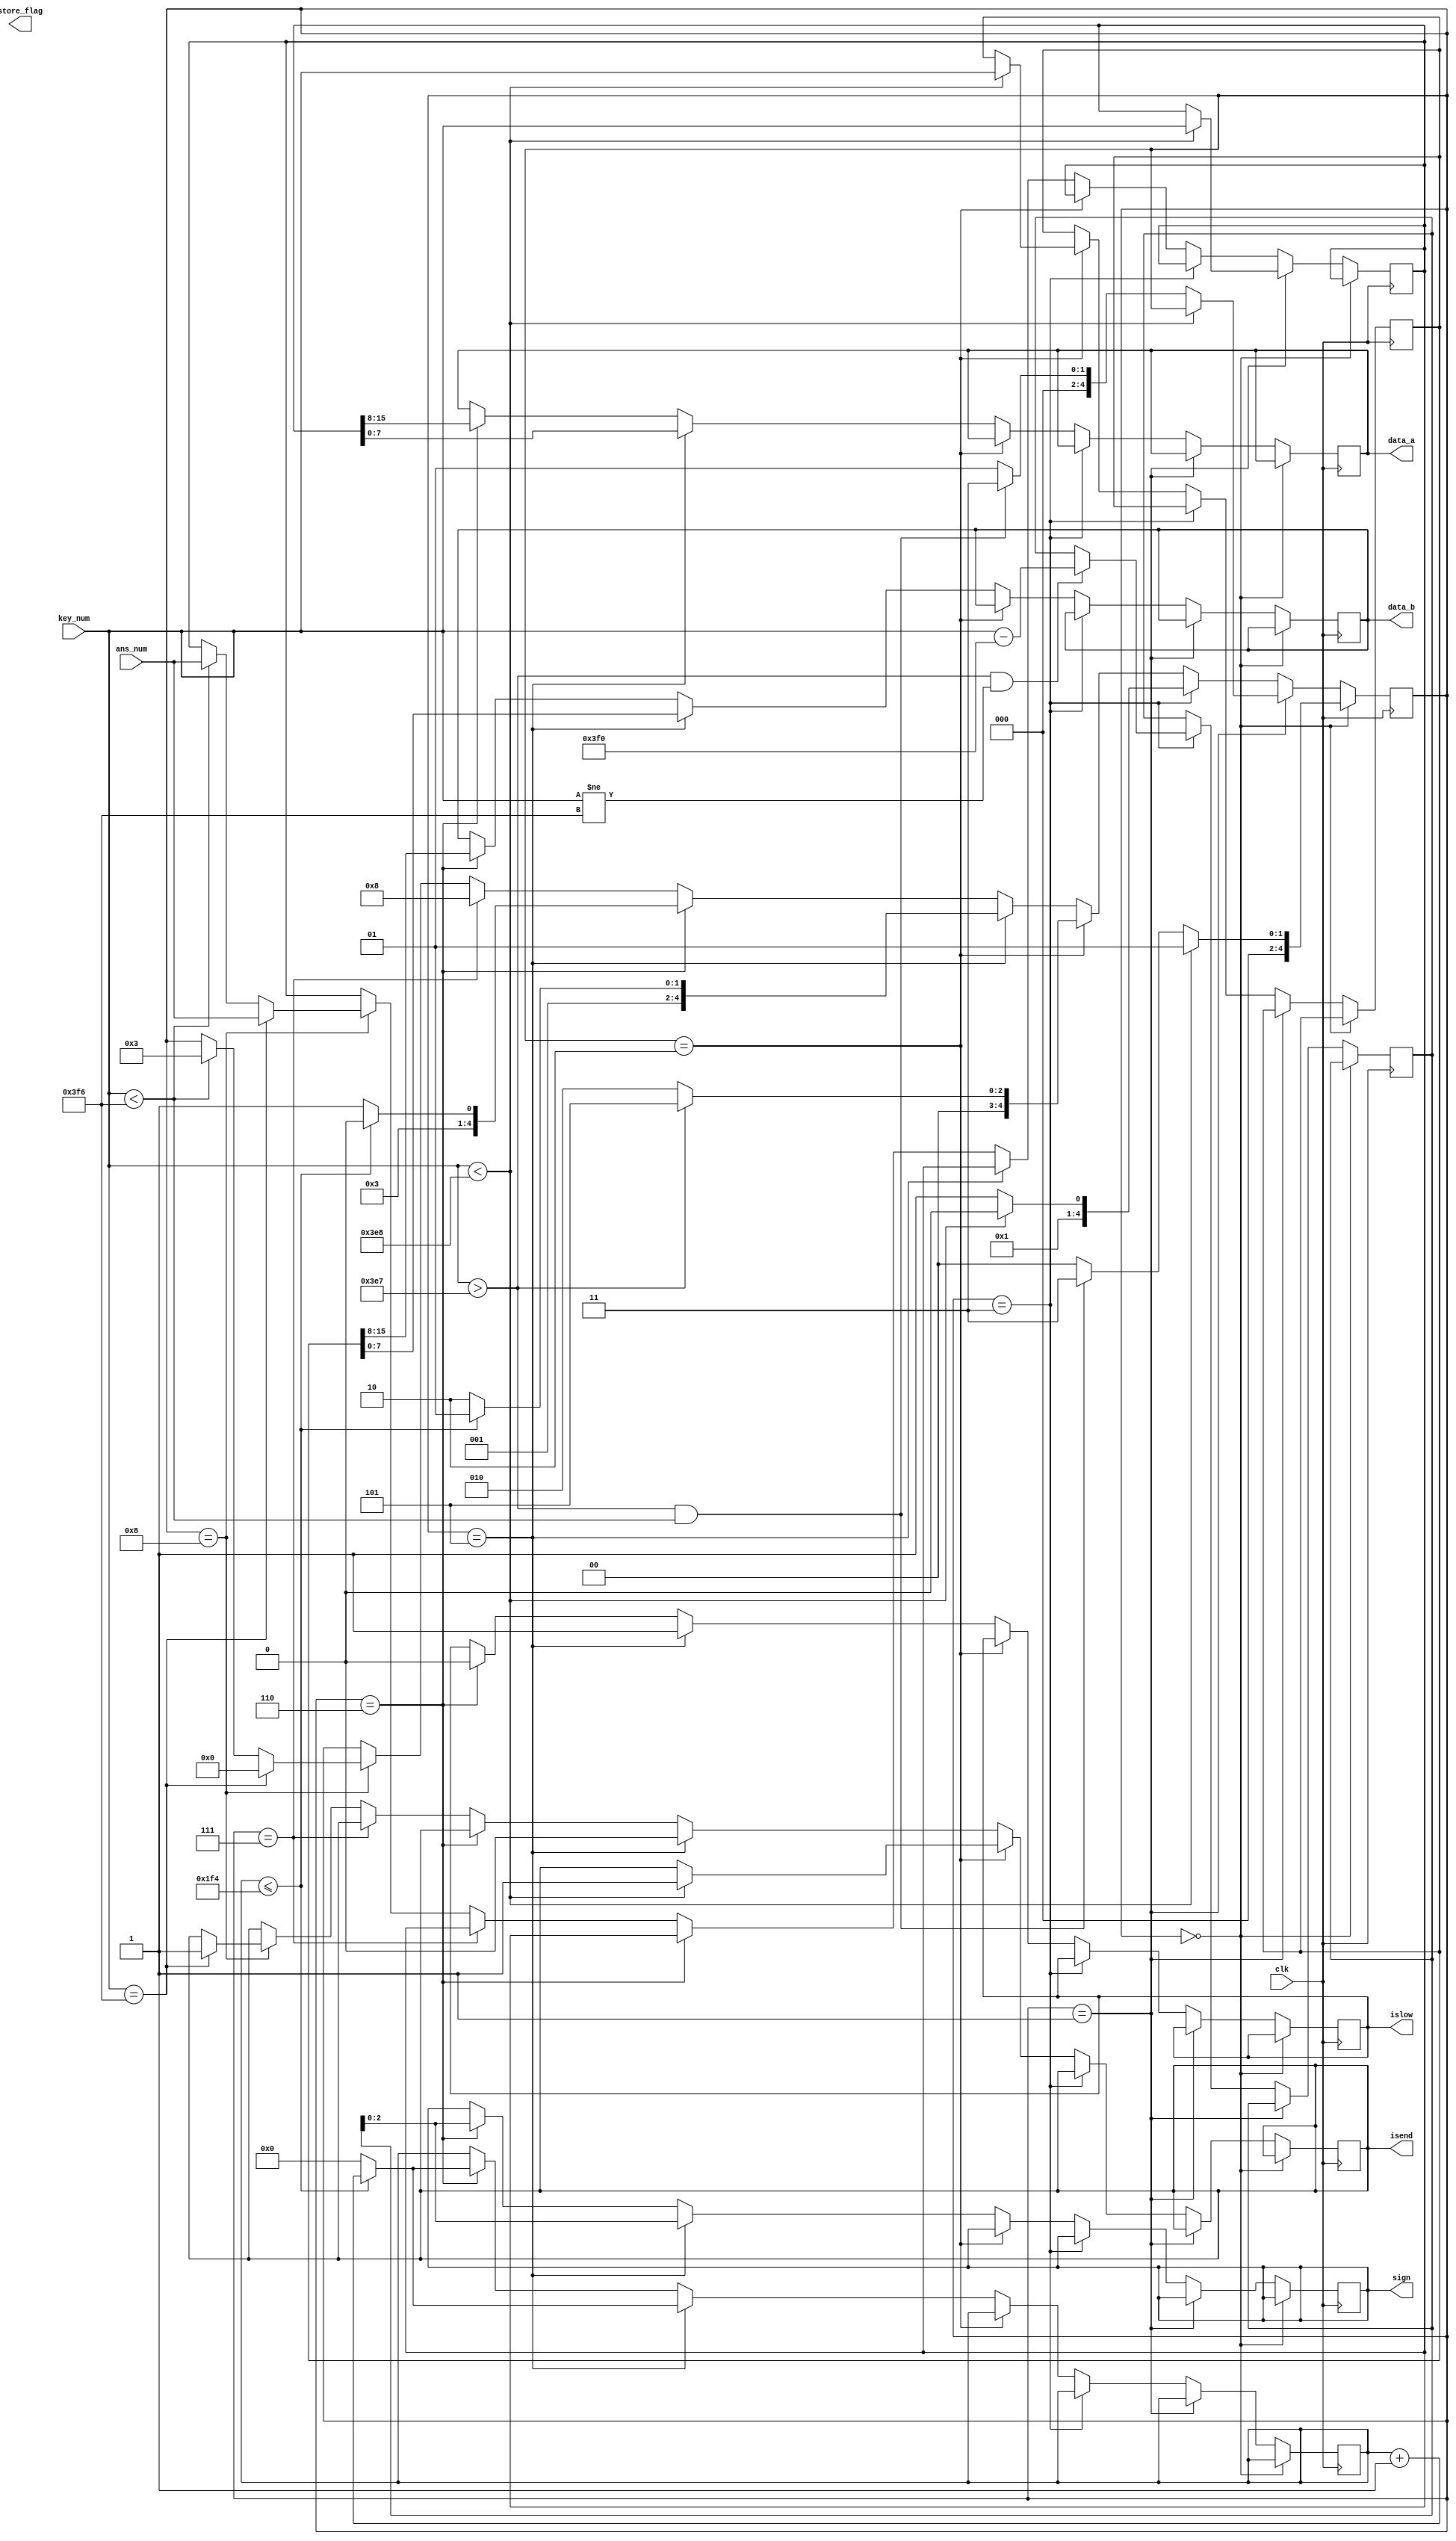
module control(	

	input clk,
	input [15:0] key_num, //
	input [15:0] ans_num, //
//	input [15:0] disp_num,


	output reg islow,//
	output reg isend,//
	output reg [7:0] data_a,
	output reg [7:0] data_b,
	output reg [2:0] sign, //sign0
	output reg store_flag
);

reg [15:0] data1;
reg [15:0] data2;
reg [15:0] regsign; //
reg [4:0]  state;   //
reg [32:0] cnt1;
reg [15:0] sb;

localparam IDLE         =4'b0_000;// 
localparam STORE_NUM1   =4'b0_001;// 
localparam STORE_NUM2   =4'b0_010;// 
localparam STORE_SIGN   =4'b0_011;// 
localparam UP_LOW       =4'b0_101;//
localparam UP_HIGH      =4'b0_110;//
localparam ENDL         =4'b0_111;//
localparam STORE_RESULT =4'b1_000;//data1


//
initial begin
	sign=0;
	islow=0;
	regsign=0;
	state=IDLE;
	cnt1=0;
	isend=1;
end


always @(posedge clk)begin
	//
	if (state==IDLE)begin
		if (key_num<10'd1000) begin
			state<=STORE_NUM1;
		end
		else if (key_num > 10'd999 && key_num < 10'd1014) state <= STORE_SIGN;
		else state<=IDLE;
	end 
	//1
	else if (state==STORE_NUM1)begin
		if(key_num<10'd1000)begin
			data1<=key_num;
		end
		else if (key_num > 10'd999 && key_num < 10'd1014)begin
			state <= STORE_SIGN;
		end 
		else state<=STORE_NUM1;
	end
	//2
	else if (state==STORE_SIGN)begin
	   if (key_num > 10'd999 && key_num != 10'd1014) begin
	   		regsign<=key_num-10'd1008;
	   end
		if (key_num<10'd1000) state<=STORE_NUM2;
		else state<=STORE_SIGN;
	end
	//3
	else if (state==STORE_NUM2)begin
	if(key_num < 10'd1000)begin
		data2<=key_num;
		isend<=1;//
		end
		if (key_num>10'd999) state<=UP_LOW;
		else state<=STORE_NUM2;
	end
	//4
	else if (state==UP_LOW)begin
		isend<=0;//
		islow<=1;
		data_a<=data1[7:0];
		data_b<=data2[7:0];
		sign<=regsign;
		if (cnt1<=20'd500) begin
			cnt1<=cnt1+1;
			state<=UP_LOW;
		end
		else begin
			 state<=UP_HIGH;
			 cnt1<=0;
		end
	end
	//5
	else if (state==UP_HIGH)begin
		islow<=0;
		data_a=data1[15:8];
		data_b=data2[15:8];
		sign<=regsign[2:0];
		if (cnt1<=20'd500) begin
			cnt1<=cnt1+1;
			state<=UP_HIGH;
		end
		else begin
			 state<=ENDL;
			 cnt1<=0;
		end
	end
	//6
	else if (state==ENDL)begin
		state<=STORE_RESULT;
//		if(key_num == 10'd1013)begin 
//				if(ans_num[15] == 1) begin
//					data1 <= 0;
//				end
//				else begin
//					data1 <= disp_num;
//				end
//			end
//			else begin 
//				data1 <= disp_num;
//			end
	end 
	//7
	else if (state==STORE_RESULT)begin
		if (key_num==10'd1014) begin 
				state<=IDLE;
				isend<=1;
				data1 <= ans_num;
				end
		else if (key_num<10'd1014) begin
			state<=STORE_SIGN;
			data1 <= ans_num;
		end
	end
end
endmodule